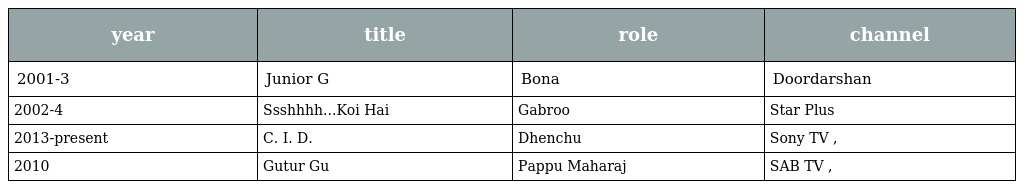
| year | title | role | channel |
 | --- | --- | --- | --- |
 | 2001-3 | Junior G | Bona | Doordarshan |
 | 2002-4 | Ssshhhh...Koi Hai | Gabroo | Star Plus |
 | 2013-present | C. I. D. | Dhenchu | Sony TV , |
 | 2010 | Gutur Gu | Pappu Maharaj | SAB TV , |